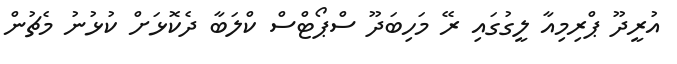
އުރީދޫ ޕްރިމިއާ ލީގުގައި ރޭ މަހިބަދޫ ސްޕޯޓްސް ކްލަބާ ދެކޮޅަށް ކުޅުނު މެޗުން